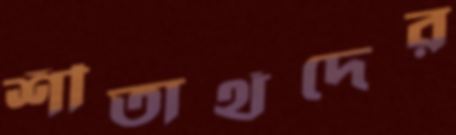
শীতার্থদের